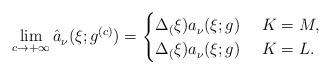
LaTeX: \begin{align*}\lim_{c\to +\infty} \hat{a}^{}_\nu (\xi ; g^{(c)}) =\begin{cases}\Delta_(\xi) a^{}_\nu (\xi ;g) & \ K=M ,\\\Delta_(\xi) a^{}_\nu (\xi ;g) & \ K=L .\end{cases}\end{align*}